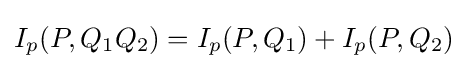
I_{p}(P,Q_{1}Q_{2})=I_{p}(P,Q_{1})+I_{p}(P,Q_{2})